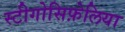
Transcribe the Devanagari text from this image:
स्टीगोसिफ़ेलिया